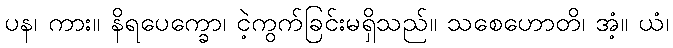
ပန၊ ကား။ နိရပေက္ခော၊ ငဲ့ကွက်ခြင်းမရှိသည်။ သစေဟောတိ၊ အံ့။ ယံ၊